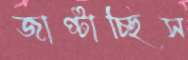
জাপ্‌টাচ্ছিস